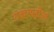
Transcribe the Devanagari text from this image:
शकरपड़ीआं